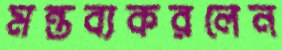
মন্তব্যকরলেন